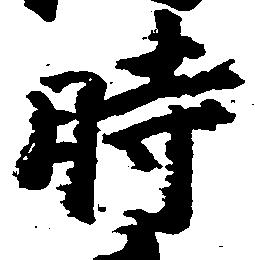
時